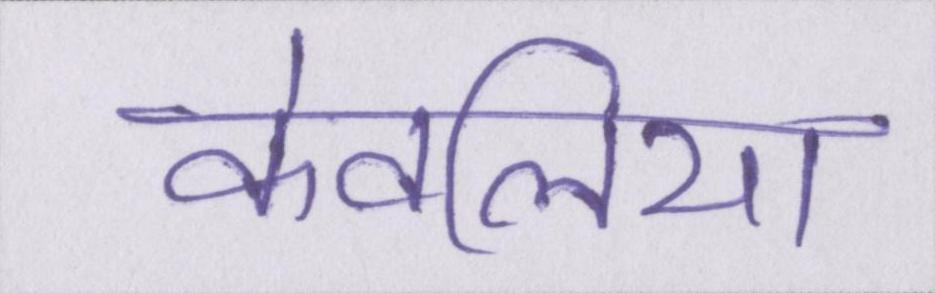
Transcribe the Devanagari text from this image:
केवलिया